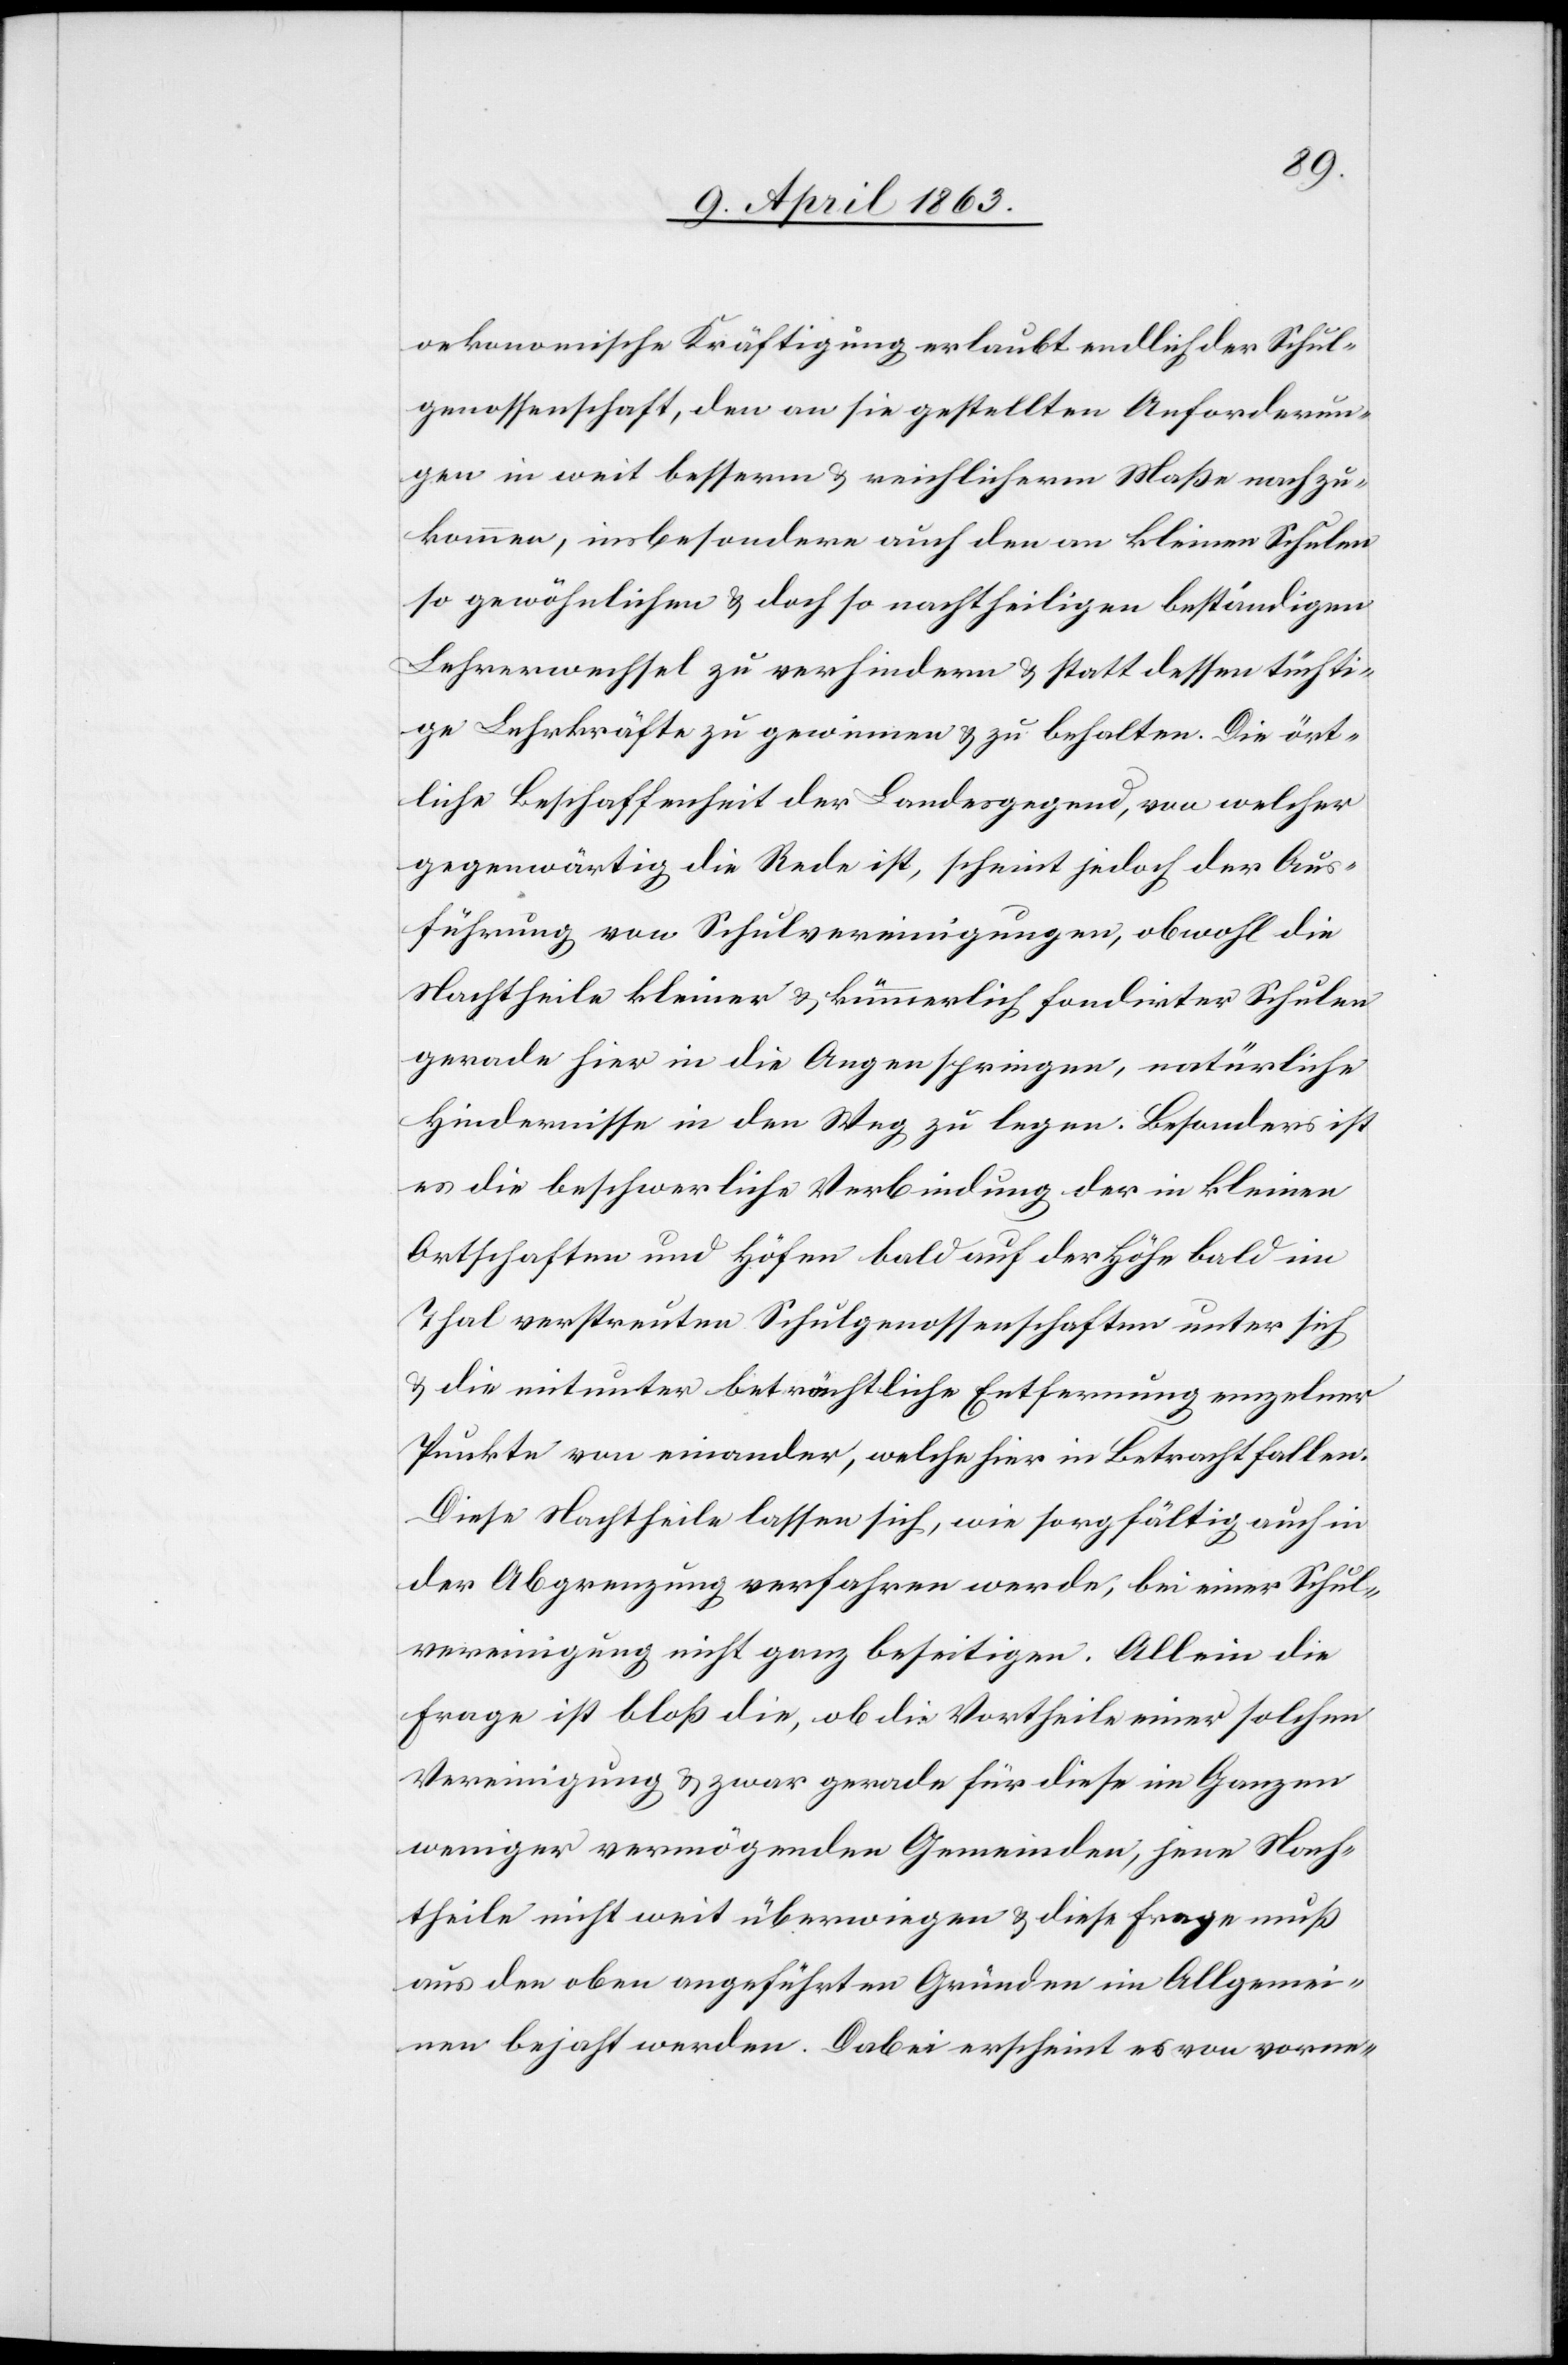
oekonomische Kräftigung erlaubt endlich der Schul¬
genossenschaft, den an sie gestellten Anforderun¬
gen in weit besserm & reichlicherm Maße nachzu¬
kommen, insbesondere auch den an kleinen Schulen
so gewöhnlichen & doch so nachtheiligen beständigen
Lehrerwechsel zu verhindern & statt dessen tüchti¬
ge Lehrkräfte zu gewinnen & zu behalten. Die ört¬
liche Beschaffenheit der Landesgegend, von welcher
gegenwärtig die Rede ist, scheint jedoch der Aus¬
führung von Schulvereinigungen, obwohl die
Nachtheile kleiner & kümmerlich fondirter Schulen
gerade hier in die Augen springen, natürliche
Hindernisse in den Weg zu legen. Besonders ist
es die beschwerliche Verbindung der in kleinen
Ortschaften und Höfen bald auf der Höhe bald im
Thal verstreuten Schulgenossenschaften unter sich
& die mitunter beträchtliche Entfernung einzelner
Punkte von einander, welche hier in Betracht fallen.
Diese Nachtheile lassen sich, wie sorgfältig auch in
der Abgrenzung verfahren werde, bei einer Schul¬
vereinigung nicht ganz beseitigen. Allein die
Frage ist bloß die, ob die Vortheile einer solchen
Vereinigung & zwar gerade für diese im Ganzen
weniger vermögenden Gemeinden, jene Nach¬
theile nicht weit überwiegen & diese Frage muß
aus den oben angeführten Gründen im Allgemei¬
nen bejaht werden. Dabei erscheint es von vorne-